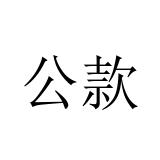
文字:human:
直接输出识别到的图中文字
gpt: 公款